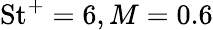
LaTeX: \mathrm{St}^{+}=6,M=0.6